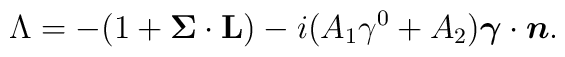
\Lambda = -(1+{{\mbox{\boldmath $ \Sigma$}}\cdot{\bf L}})-i(A_1\gamma^0+A_2){\mbox{\boldmath $ \gamma$}}\cdot{\mbox{\boldmath $n$}}.